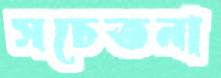
সচেতনা